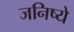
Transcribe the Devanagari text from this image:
जनिष्ये